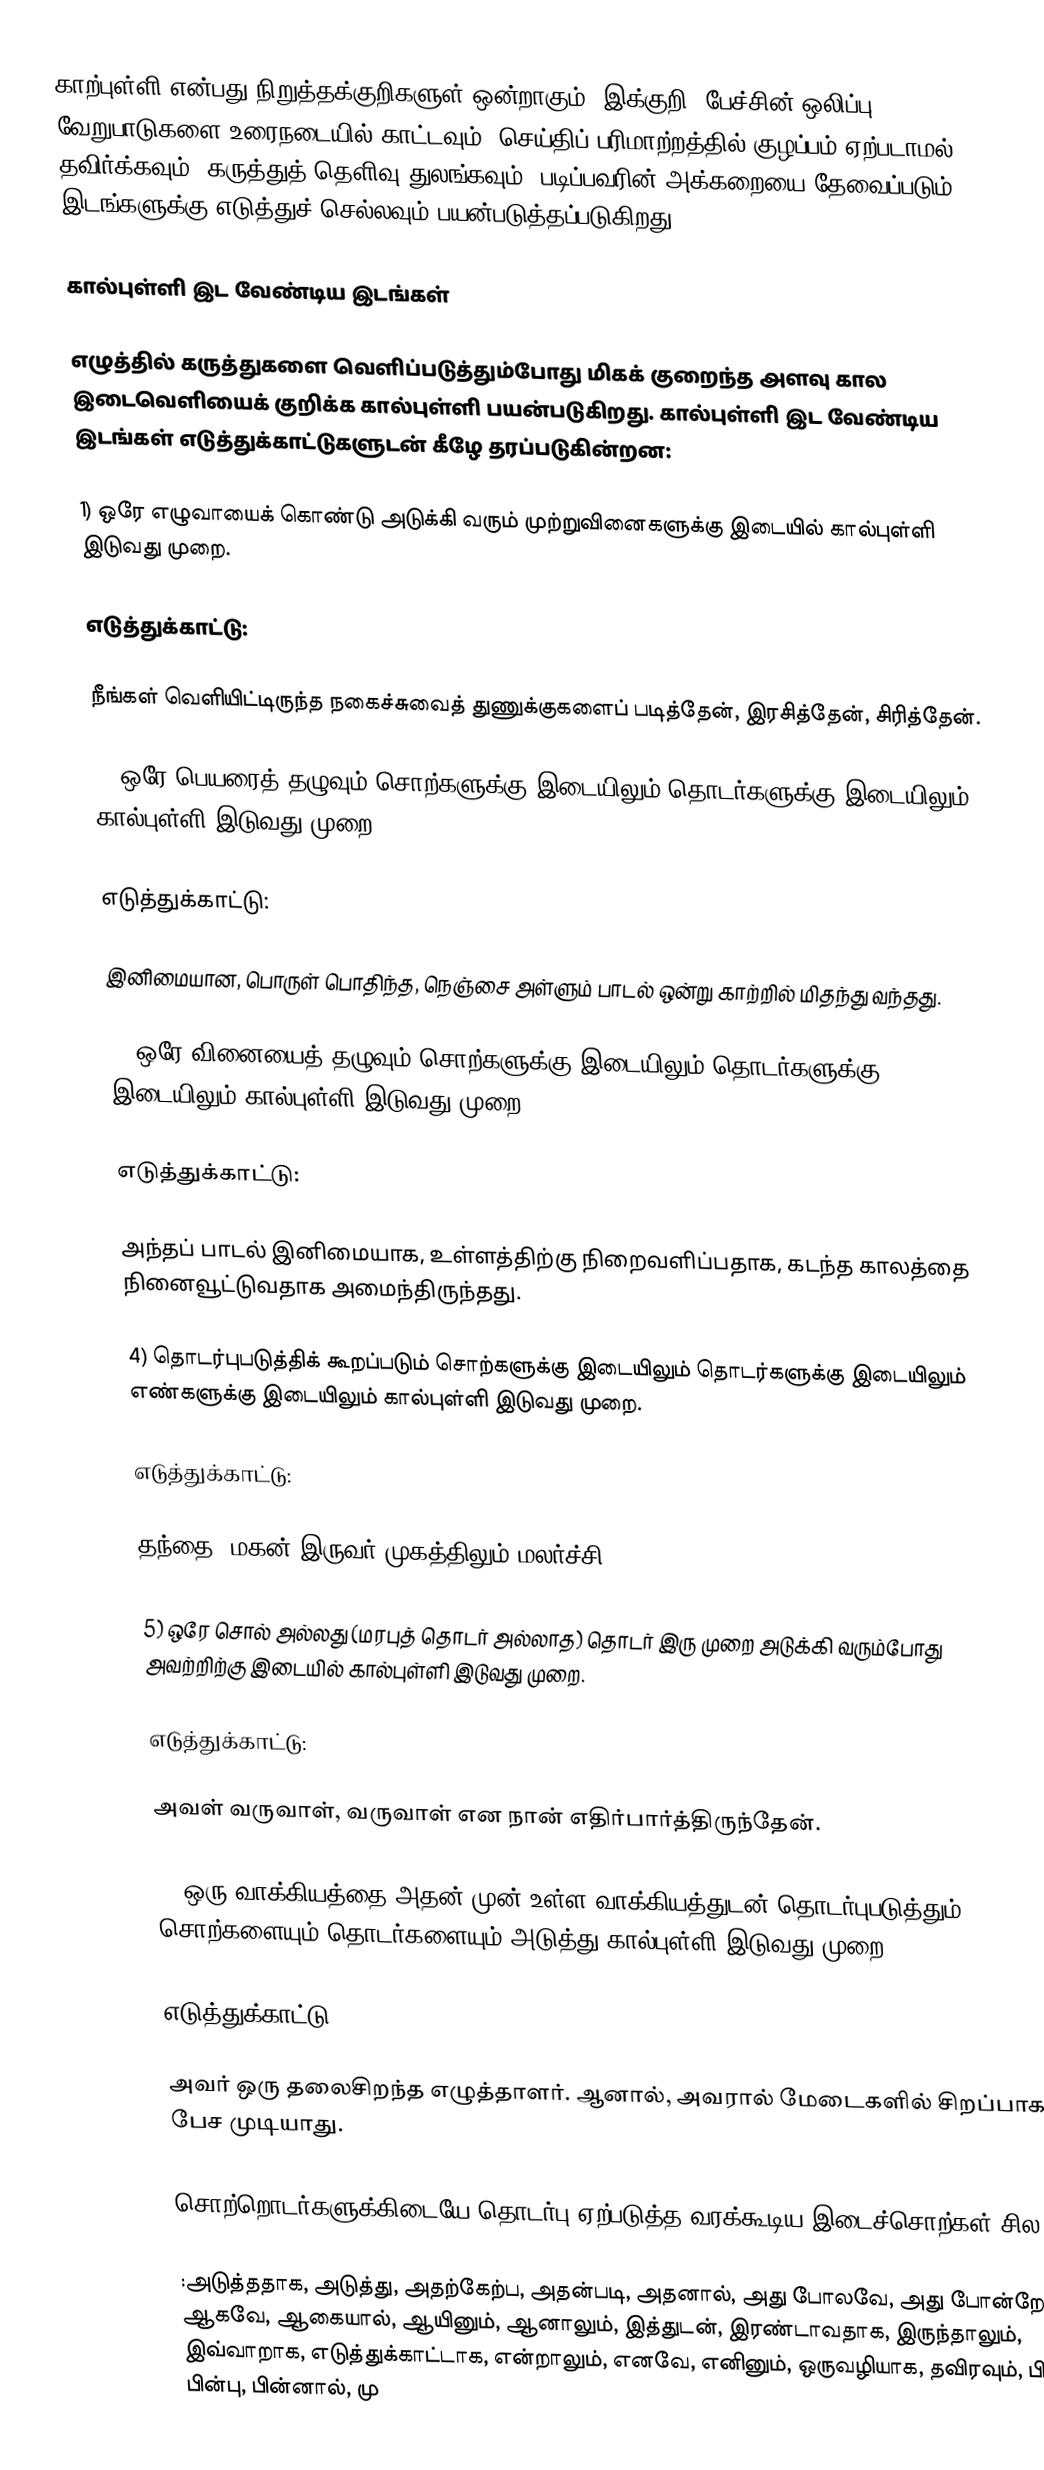
காற்புள்ளி என்பது நிறுத்தக்குறிகளுள் ஒன்றாகும். இக்குறி, பேச்சின் ஒலிப்பு வேறுபாடுகளை உரைநடையில் காட்டவும், செய்திப் பரிமாற்றத்தில் குழப்பம் ஏற்படாமல் தவிர்க்கவும், கருத்துத் தெளிவு துலங்கவும், படிப்பவரின் அக்கறையை தேவைப்படும் இடங்களுக்கு எடுத்துச் செல்லவும் பயன்படுத்தப்படுகிறது.

கால்புள்ளி இட வேண்டிய இடங்கள்

எழுத்தில் கருத்துகளை வெளிப்படுத்தும்போது மிகக் குறைந்த அளவு கால இடைவெளியைக் குறிக்க கால்புள்ளி பயன்படுகிறது. கால்புள்ளி இட வேண்டிய இடங்கள் எடுத்துக்காட்டுகளுடன் கீழே தரப்படுகின்றன:

1) ஒரே எழுவாயைக் கொண்டு அடுக்கி வரும் முற்றுவினைகளுக்கு இடையில் கால்புள்ளி இடுவது முறை.

எடுத்துக்காட்டு:

நீங்கள் வெளியிட்டிருந்த நகைச்சுவைத் துணுக்குகளைப் படித்தேன், இரசித்தேன், சிரித்தேன்.

2) ஒரே பெயரைத் தழுவும் சொற்களுக்கு இடையிலும் தொடர்களுக்கு இடையிலும் கால்புள்ளி இடுவது முறை.

எடுத்துக்காட்டு:

இனிமையான, பொருள் பொதிந்த, நெஞ்சை அள்ளும் பாடல் ஒன்று காற்றில் மிதந்து வந்தது.

3) ஒரே வினையைத் தழுவும் சொற்களுக்கு இடையிலும் தொடர்களுக்கு இடையிலும் கால்புள்ளி இடுவது முறை.

எடுத்துக்காட்டு:

அந்தப் பாடல் இனிமையாக, உள்ளத்திற்கு நிறைவளிப்பதாக, கடந்த காலத்தை நினைவூட்டுவதாக அமைந்திருந்தது.

4) தொடர்புபடுத்திக் கூறப்படும் சொற்களுக்கு இடையிலும் தொடர்களுக்கு இடையிலும் எண்களுக்கு இடையிலும் கால்புள்ளி இடுவது முறை.

எடுத்துக்காட்டு:

தந்தை, மகன் இருவர் முகத்திலும் மலர்ச்சி.

5) ஒரே சொல் அல்லது (மரபுத் தொடர் அல்லாத) தொடர் இரு முறை அடுக்கி வரும்போது அவற்றிற்கு இடையில் கால்புள்ளி இடுவது முறை.

எடுத்துக்காட்டு:

அவள் வருவாள், வருவாள் என நான் எதிர்பார்த்திருந்தேன்.

6) ஒரு வாக்கியத்தை அதன் முன் உள்ள வாக்கியத்துடன் தொடர்புபடுத்தும் சொற்களையும் தொடர்களையும் அடுத்து கால்புள்ளி இடுவது முறை.

எடுத்துக்காட்டு:

அவர் ஒரு தலைசிறந்த எழுத்தாளர். ஆனால், அவரால் மேடைகளில் சிறப்பாகப் பேச முடியாது.

சொற்றொடர்களுக்கிடையே தொடர்பு ஏற்படுத்த வரக்கூடிய இடைச்சொற்கள் சில:

:அடுத்ததாக, அடுத்து, அதற்கேற்ப, அதன்படி, அதனால், அது போலவே, அது போன்றே, ஆகவே, ஆகையால், ஆயினும், ஆனாலும், இத்துடன், இரண்டாவதாக, இருந்தாலும், இவ்வாறாக, எடுத்துக்காட்டாக, என்றாலும், எனவே, எனினும், ஒருவழியாக, தவிரவும், பிறகு, பின்பு, பின்னால், மு